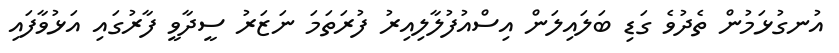
އުނގުޅަމުން ތެދުވެ ގަޑި ބަލައިލަން އިސްއުފުލާލިއިރު ފުރަތަމަ ނަޒަރު ސީދާވީ ފާރުގައި އަޅުވާފައި